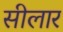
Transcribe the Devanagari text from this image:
सीलार